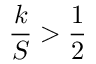
\frac { k } { S } > \frac { 1 } { 2 }